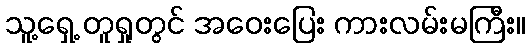
သူ့ရှေ့ တူရှုတွင် အဝေးပြေး ကားလမ်းမကြီး။